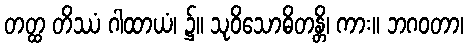
တတ္ထ တိဿံ ဂါထာယံ၊ ၌။ သုဝိသောဓိတန္တိ၊ ကား။ ဘဂဝတာ၊